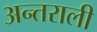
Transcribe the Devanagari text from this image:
अन्तराली